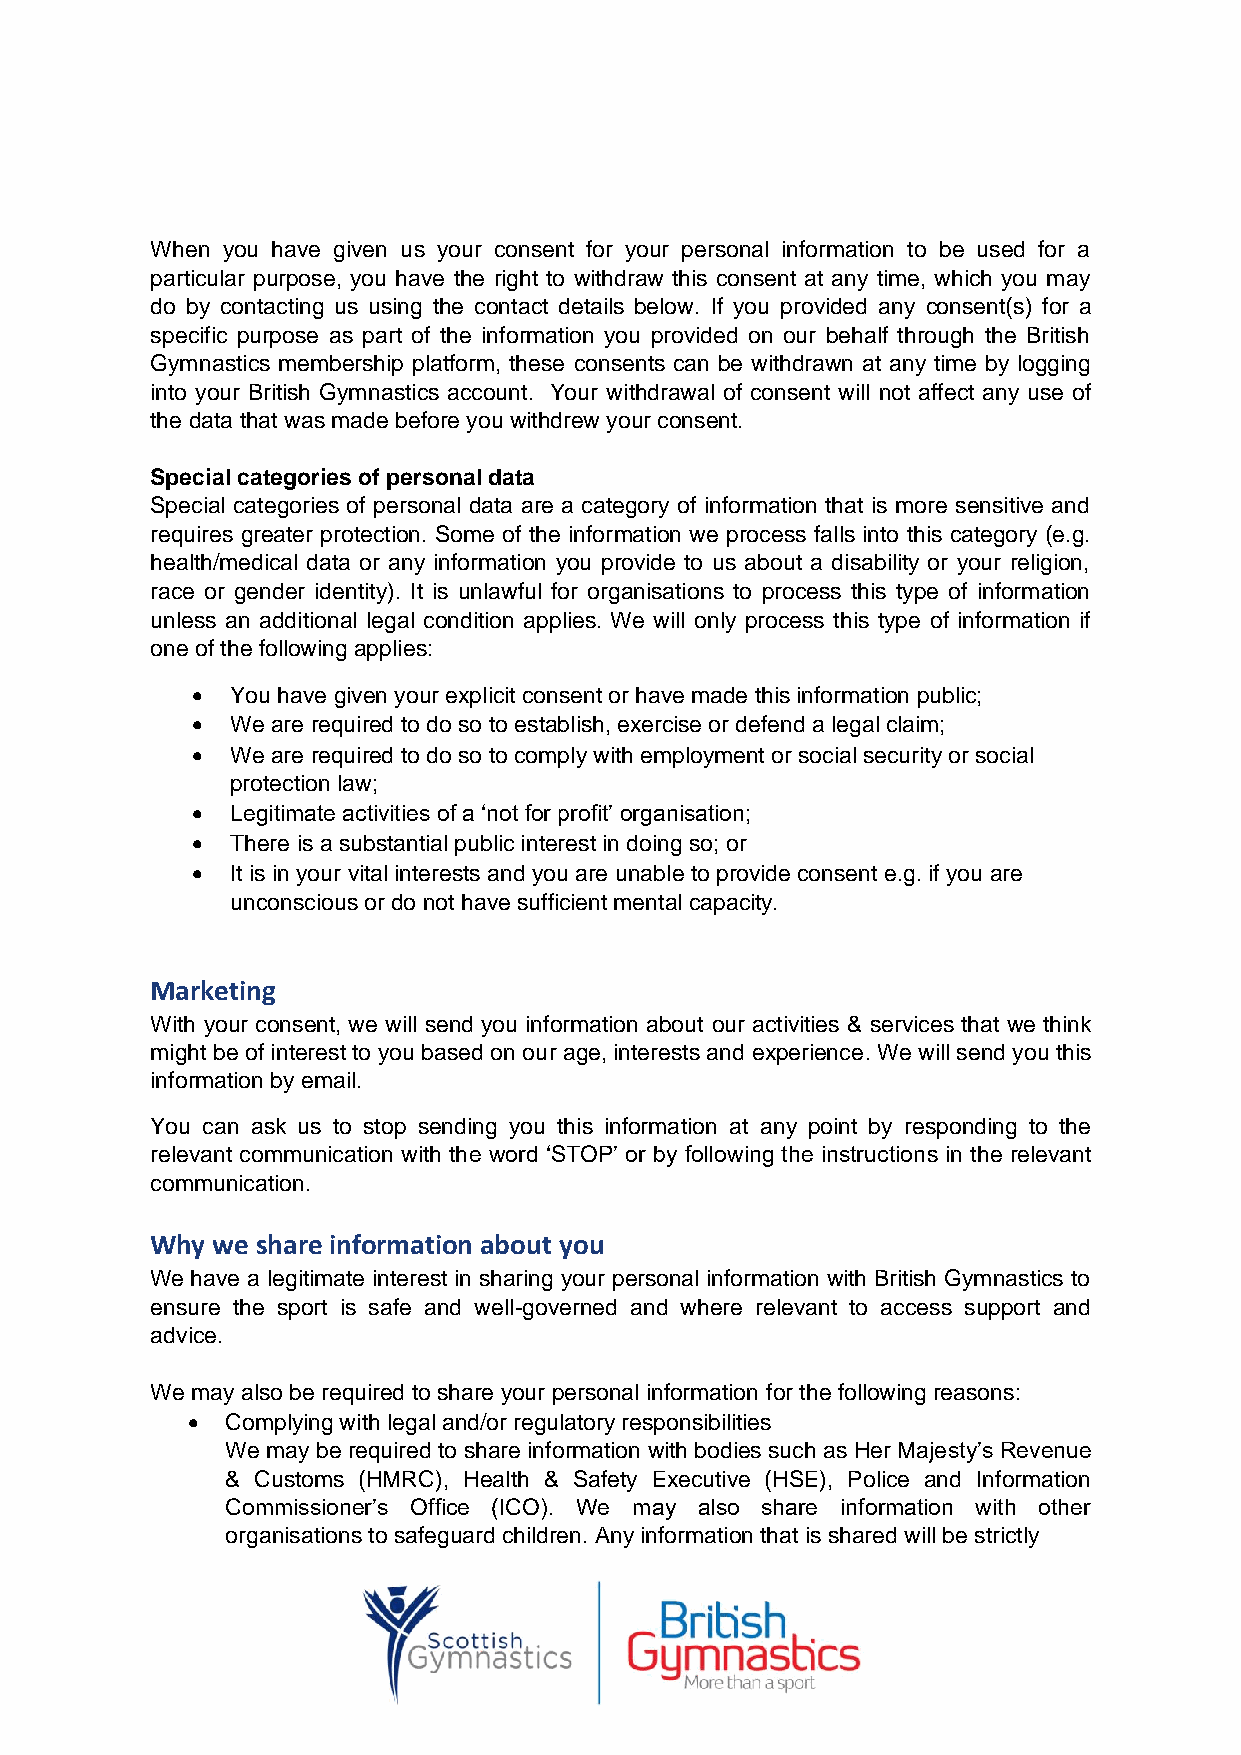
When you have given us your consent for your personal information to be used for a
 particular purpose, you have the right to withdraw this consent at any time, which you may
 do by contacting us using the contact details below. If you provided any consent(s) for a
 specific purpose as part of the information you provided on our behalf through the British
 Gymnastics membership platform, these consents can be withdrawn at any time by logging
 into your British Gymnastics account. Your withdrawal of consent will not affect any use of
 the data that was made before you withdrew your consent.
 Special categories of personal data
 Special categories of personal data are a category of information that is more sensitive and
 requires greater protection. Some of the information we process falls into this category (e.g.
 health/medical data or any information you provide to us about a disability or your religion,
 race or gender identity). It is unlawful for organisations to process this type of information
 unless an additional legal condition applies. We will only process this type of information if
 one of the following applies:
 • You have given your explicit consent or have made this information public;
 • We are required to do so to establish, exercise or defend a legal claim;
 • We are required to do so to comply with employment or social security or social
 protection law;
 • Legitimate activities of a ‘not for profit’ organisation;
 • There is a substantial public interest in doing so; or
 • It is in your vital interests and you are unable to provide consent e.g. if you are
 unconscious or do not have sufficient mental capacity.
 Marketing
 With your consent, we will send you information about our activities & services that we think
 might be of interest to you based on our age, interests and experience. We will send you this
 information by email.
 You can ask us to stop sending you this information at any point by responding to the
 relevant communication with the word ‘STOP’ or by following the instructions in the relevant
 communication.
 Why we share information about you
 We have a legitimate interest in sharing your personal information with British Gymnastics to
 ensure the sport is safe and well-governed and where relevant to access support and
 advice.
 We may also be required to share your personal information for the following reasons:
 •  Complying with legal and/or regulatory responsibilities
 We may be required to share information with bodies such as Her Majesty’s Revenue
 & Customs (HMRC), Health & Safety Executive (HSE), Police and Information
 Commissioner’s Office (ICO). We may also share information with other
 organisations to safeguard children. Any information that is shared will be strictly